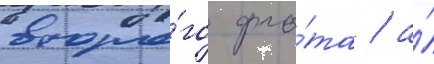
второ́го фло́та / а́